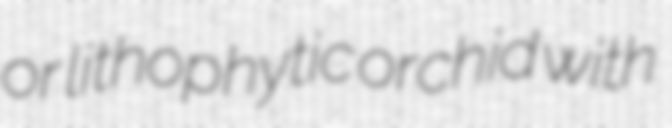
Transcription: or lithophytic orchid with